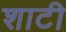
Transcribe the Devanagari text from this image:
शाटी